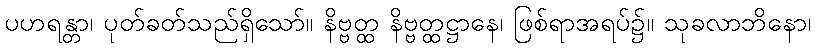
ပဟရန္တာ၊ ပုတ်ခတ်သည်ရှိသော်။ နိဗ္ဗတ္ထ နိဗ္ဗတ္ထဋ္ဌာနေ၊ ဖြစ်ရာအရပ်၌။ သုခလာဘိနော၊